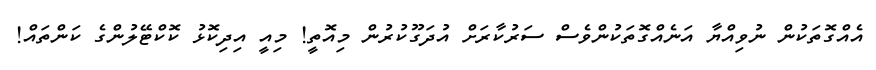
އެއްގޮތަކުން ނުވިއްޔާ އަނެއްގޮތަކުންވެސް ސަރުކާރަށް އުދަގޫކުރުން މިއޮތީ! މިއީ އިދިކޮޅު ކޮކްޓޭލުންގެ ކަންތައް!